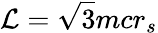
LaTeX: {\cal{L}}=\sqrt{3}mcr_{s}